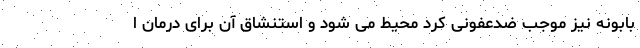
بابونه نیز موجب ضدعفونی کرد محیط می شود و استنشاق آن برای درمان ا